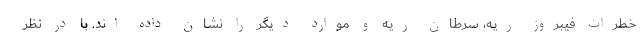
خطرات فیبروز ریه، سرطان ریه و موارد دیگر را نشان داده اند. با در نظر